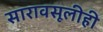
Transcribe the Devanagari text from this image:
सारावसूलीही